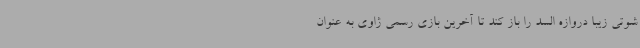
شوتی زیبا دروازه السد را باز کند تا آخرین بازی رسمی ژاوی به عنوان